Annual report on the Civil Veterinary Department, Burma (including the Insein Veterinary School) - 1910-1922
Year: 1910
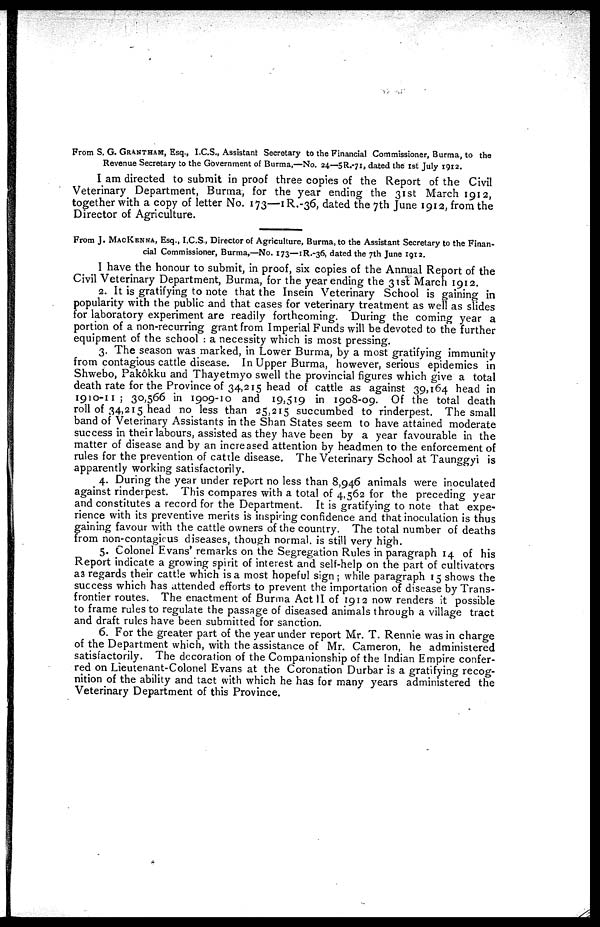
From S. G. GRANTHAM, Esq., I.C.S., Assistant Secretary to the Financial Commissioner, Burma, to the
Revenue Secretary to the Government of Burma,—No. 24—5R.-71, dated the 1st July 1912.
I am directed to submit in proof three copies of the Report of the Civil
Veterinary Department, Burma, for the year ending the 31st March 1912,
together with a copy of letter No. 173—1R.-36, dated the 7th June 1912, from the
Director of Agriculture.
From J. MACKENNA, Esq., I.C.S., Director of Agriculture, Burma, to the Assistant Secretary to the Finan-
cial Commissioner, Burma,—No. 173—IR.-36, dated the 7th June 1912.
I have the honour to submit, in proof, six copies of the Annual Report of the
Civil Veterinary Department, Burma, for the year ending the 31st March 1912.
2. It is gratifying to note that the Insein Veterinary School is gaining in
popularity with the public and that cases for veterinary treatment as well as slides
for laboratory experiment are readily forthcoming. During the coming year a
portion of a non-recurring grant from Imperial Funds will be devoted to the further
equipment of the school : a necessity which is most pressing.
3. The season was marked, in Lower Burma, by a most gratifying immunity
from contagious cattle disease. In Upper Burma, however, serious epidemics in
Shwebo, Pakôkku and Thayetmyo swell the provincial figures which give a total
death rate for the Province of 34,215 head of cattle as against 39,164 head in
1910-11; 30,566 in 1909-10 and 19,519 in 1908-09. Of the total death
roll of 34,215 head no less than 25,215 succumbed to rinderpest. The small
band of Veterinary Assistants in the Shan States seem to have attained moderate
success in their labours, assisted as they have been by a year favourable in the
matter of disease and by an increased attention by headmen to the enforcement of
rules for the prevention of cattle disease. The Veterinary School at Taunggyi is
apparently working satisfactorily.
4. During the year under report no less than 8,946 animals were inoculated
against rinderpest. This compares with a total of 4,562 for the preceding year
and constitutes a record for the Department. It is gratifying to note that expe-
rience with its preventive merits is inspiring confidence and that inoculation is thus
gaining favour with the cattle owners of the country. The total number of deaths
from non-contagious diseases, though normal is still very high.
5. Colonel Evans' remarks on the Segregation Rules in paragraph 14 of his
Report indicate a growing spirit of interest and self-help on the part of cultivators
as regards their cattle which is a most hopeful sign; while paragraph 15 shows the
success which has attended efforts to prevent the importation of disease by Trans-
frontier routes. The enactment of Burma Act II of 1912 now renders it possible
to frame rules to regulate the passage of diseased animals through a village tract
and draft rules have been submitted for sanction.
6. For the greater part of the year under report Mr. T. Rennie was in charge
of the Department which, with the assistance of Mr. Cameron, he administered
satisfactorily. The decoration of the Companionship of the Indian Empire confer-
red on Lieutenant-Colonel Evans at the Coronation Durbar is a gratifying recog-
nition of the ability and tact with which he has for many years administered the
Veterinary Department of this Province.